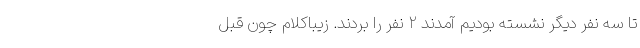
تا سه نفر دیگر نشسته بودیم آمدند ۲ نفر را بردند. زیباکلام چون قبل